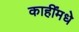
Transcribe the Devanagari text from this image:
काहींमधे